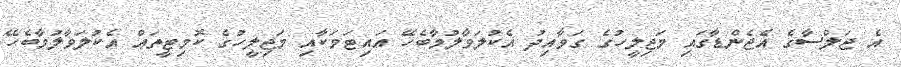
އެ ޖަލްސާގެ އެޖެންޑާގައި މަޖިލީހުގެ ގަވާއިދު އެކުލަވާލުމާބެހޭ އައިޓަމަކާއި މަޖިލީހުގެ ކޮމިޓީތައް އެކުލަވާލުމާބެހޭ